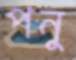
পনু